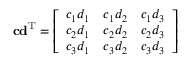
\mathbf { c } \mathbf { d } ^ { \mathrm { T } } = { \left[ \begin{array} { l l l } { c _ { 1 } d _ { 1 } } & { c _ { 1 } d _ { 2 } } & { c _ { 1 } d _ { 3 } } \\ { c _ { 2 } d _ { 1 } } & { c _ { 2 } d _ { 2 } } & { c _ { 2 } d _ { 3 } } \\ { c _ { 3 } d _ { 1 } } & { c _ { 3 } d _ { 2 } } & { c _ { 3 } d _ { 3 } } \end{array} \right] }